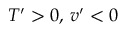
{ T } ^ { \prime } > 0 , \, { v } ^ { \prime } < 0